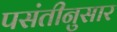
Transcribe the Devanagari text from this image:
पसंतीनुसार